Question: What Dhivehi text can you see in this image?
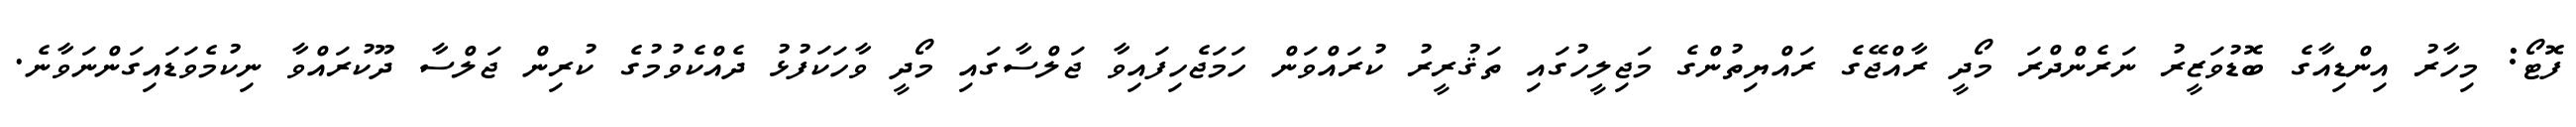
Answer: ފޮޓޯ: މިހާރު އިންޑިއާގެ ބޮޑުވަޒީރު ނަރެންދްރަ މޯދީ ރާއްޖޭގެ ރައްޔިތުންގެ މަޖިލީހުގައި ތަޤުރީރު ކުރައްވަން ހަމަޖެހިފައިވާ ޖަލްސާގައި މޯދީ ވާހަކަފުޅު ދެއްކެވުމުގެ ކުރިން ޖަލްސާ ދޫކުރައްވާ ނިކުމެވަޑައިގަންނަވާނެ.